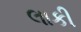
લાકી